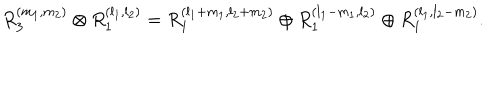
R _ { 3 } ^ { ( m _ { 1 } , m _ { 2 } ) } \otimes R _ { 1 } ^ { ( l _ { 1 } , l _ { 2 } ) } = R _ { 1 } ^ { ( l _ { 1 } + m _ { 1 } , l _ { 2 } + m _ { 2 } ) } \oplus R _ { 1 } ^ { ( l _ { 1 } - m _ { 1 } , l _ { 2 } ) } \oplus R _ { 1 } ^ { ( l _ { 1 } , l _ { 2 } - m _ { 2 } ) } .